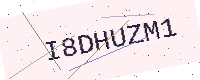
Text: I8DHUZM1